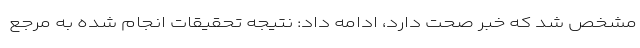
مشخص شد که خبر صحت دارد، ادامه داد: نتیجه تحقیقات انجام شده به مرجع